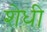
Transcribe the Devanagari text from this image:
शेधी